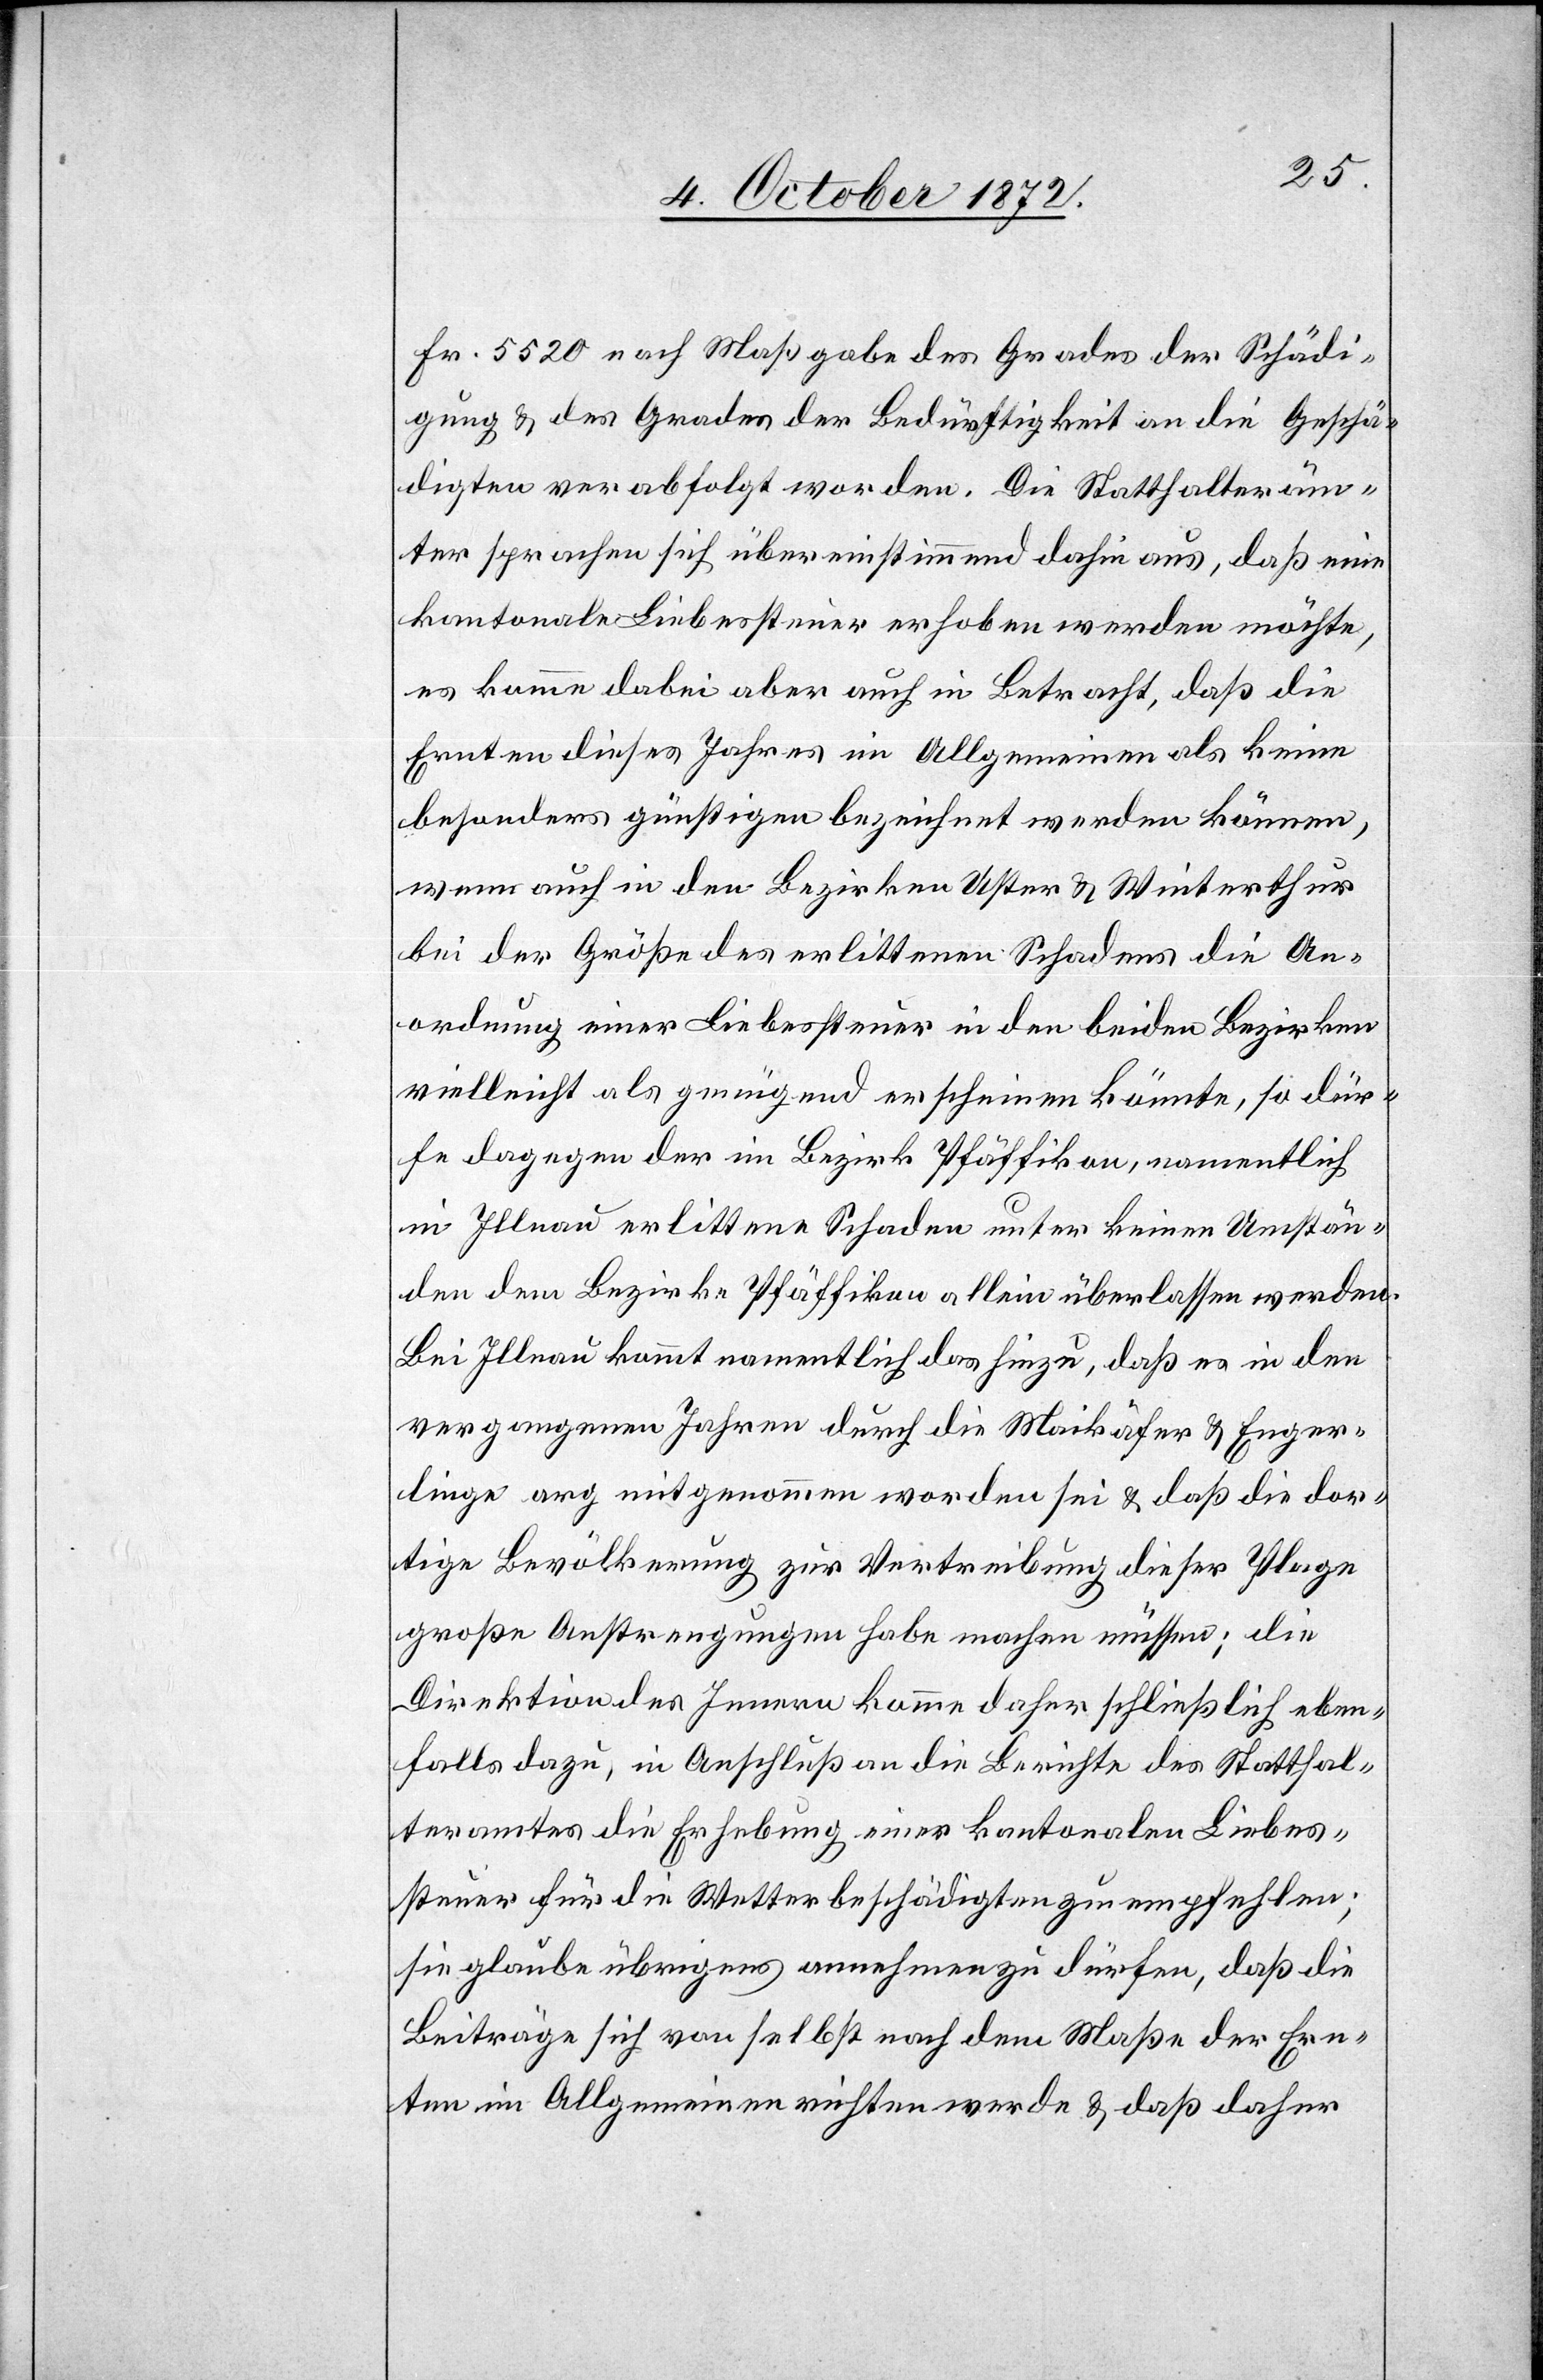
Fr. 5520 nach Maßgabe des Grades der Schädi¬
gung u. des Grades der Bedürftigkeit an die Geschä¬
digten verabfolgt worden. Die Statthalteräm¬
ter sprachen sich übereinstimmend dahin aus, daß eine
kantonale Liebessteuer erhoben werden möchte,
es komme dabei aber auch in Betracht, daß die
Ernten dieses Jahres im Allgemeinen als keine
besonders günstigen bezeichnet werden können,
wenn auch in den Bezirken Uster u. Winterthur
bei der Größe des erlittenen Schadens die An¬
ordnung einer Liebessteuer in den beiden Bezirken
vielleicht als genügend erscheinen könnte, so dür¬
fte dagegen der im Bezirk Pfäffikon, namentlich
in Illnau erlittene Schaden unter keinen Umstän¬
den dem Bezirke Pfäffikon allein überlassen werden.
Bei Illnau kommt namentlich das hinzu, daß es in den
vergangenen Jahren durch die Maikäfer u. Enger¬
linge arg mitgenommen worden sei u. daß die dor¬
tige Bevölkerung zur Vertreibung dieser Plage
große Anstrengungen habe machen müssen; die
Direktion des Innern komme daher schließlich eben¬
falls dazu, in Anschluß an die Berichte des Statthal¬
teramtes die Erhebung einer kantonalen Liebes¬
steuer für die Wetterbeschädigten zu empfehlen;
sie glaube übrigens annehmen zu dürfen, daß die
Beiträge sich von selbst nach dem Maße der Ern¬
ten im Allgemeinen richten werde u. daß daher